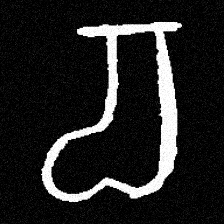
Pyu character \u2014 Myanmar letter: စ (romanized: ca)